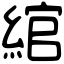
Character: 綰